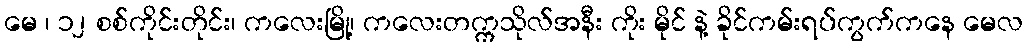
မေ ၊ ၁၂ စစ်ကိုင်းတိုင်း၊ ကလေးမြို့၊ ကလေးတက္ကသိုလ်အနီး ကိုး မိုင် နဲ့ ခိုင်ကမ်းရပ်ကွက်ကနေ မေလ